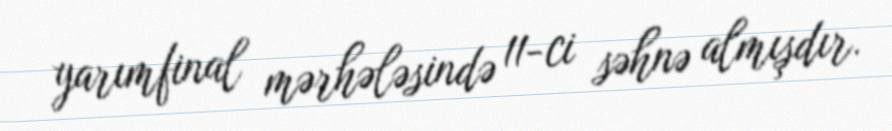
yarımfinal mərhələsində 11-ci səhnə almışdır.